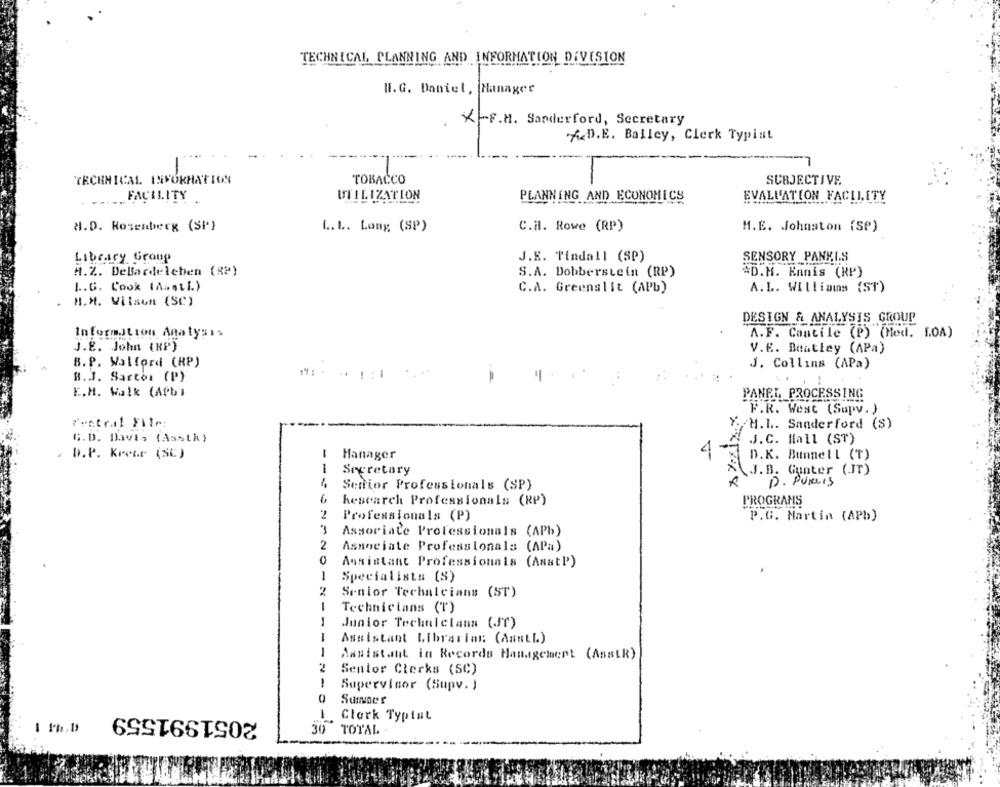
TECHNICAL PLANNING AND INFORMATION DIVISION
W.G. Daniel, Manager
X-F.M. Sanderford, Secretary
A.D.E. Bailey, Clerk Typist
TECHNICAL INFORMATION
TOBACCO
SUBJECTIVE.
UTILIZATION
EVALUATION FACILITY
... ..
FACILITY
PLANNING AND ECONOMICS
2.D. Rosenberg (SP)
L.L. Long (SP)
C.H. Rowe (RP)
M.E. Johnston (SP)
Library Group
J.R. Tindall (SP)
SENSORY PANELS
H.Z. DeBardeleben (RP)
S.A. Dobberstein (RP)
*D.M. Kanis (RP)
L.G. Cook (Aasti.)
C.A. Greenslit (APb)
A.L. WILlimms (ST)
H.H. Vilsen (SC)
DESIGN & ANALYSIS GROUP
Information Analysis
A.F. Cantile (P) (Med. 10A)
J.8. John (RP)
V.E. Bentley (APa)
B.P. Wolford (HP)
J. Collins (APa)
R.J. Sartor (P)
E.H. Walk (APb)
PANEL, PROCESSING
F.R. West (Supv. )
Pectral File
¿M.L .. Sanderford (S)
G.D. Davis (Asstk)
J.C. Hall (ST)
D.P. Krewr (SC)
Hanager
4
D.K. Bunnell (T)
Secretary
J.B. Gunter (IT)
---
Senior Professionals (SP)
XXXX
D. PureIs
kesearch Professionals (RP)
PROGRAMS
Professionals (P)
P.G. Martin (APb)
3
Associate Professionals (APb)
2
Associate Professionals (APa)
0
Assistant Professionnis (AnstP)
1
Specialists (S)
2
Senior Techalcians (ST)
1
Technicians (T)
1
Junior Technicians (Jr)
1
Assistant Librarian: (AnutL.)
1
Assistant in Records Management (Asask)
2
Senior Clerks (5C)
-
Supervisor (Supv.)
Summer
2051991559
-
Clark Typiat
30
TOTAL